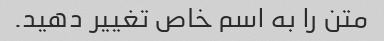
متن را به اسم خاص تغییر دهید.